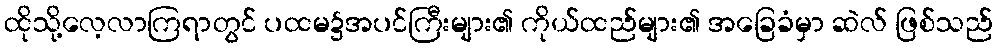
ထိုသို့လေ့လာကြရာတွင် ပထမ၌အပင်ကြီးများ၏ ကိုယ်ထည်များ၏ အခြေခံမှာ ဆဲလ် ဖြစ်သည်